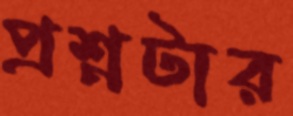
প্রশ্নটার